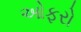
ઓફરો